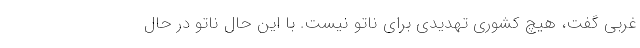
غربی گفت، هیچ کشوری تهدیدی برای ناتو نیست. با این حال ناتو در حال